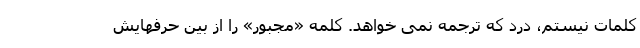
کلمات نیستم، درد که ترجمه نمی خواهد. کلمه «مجبور» را از بین حرفهایش